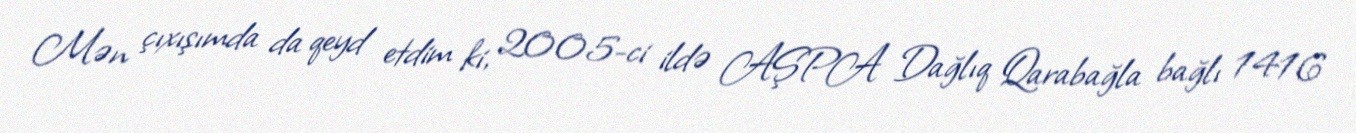
Mən çıxışımda da qeyd etdim ki, 2005-ci ildə AŞPA Dağlıq Qarabağla bağlı 1416